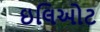
ઇલિઓટ